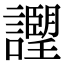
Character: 𧭅